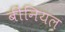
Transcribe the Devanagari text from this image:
बींनियल